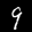
Label: 9